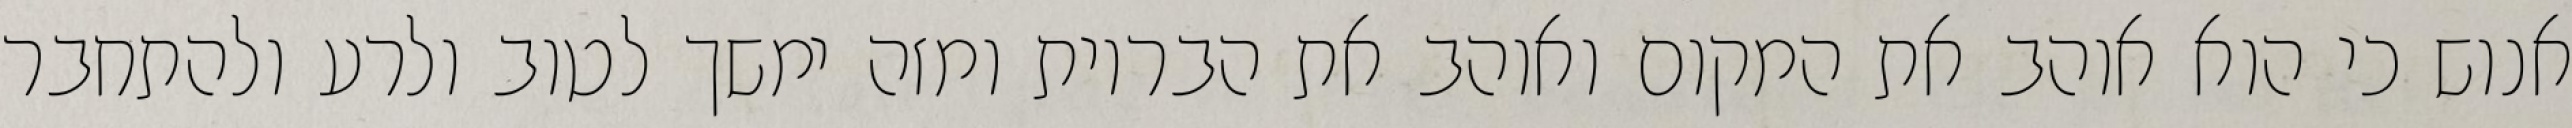
אנוש כי הוא אוהב את המקום ואוהב את הבריות ומזה ימשך לטוב ולרע ולהתחבר